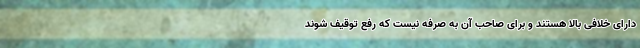
دارای خلافی بالا هستند و برای صاحب آن به صرفه نیست که رفع توقیف شوند